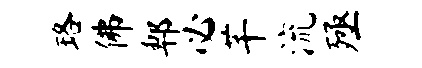
珞佛郫必芊流殛